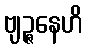
ဗျဉ္ဇနေဟိ